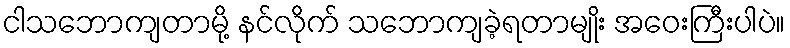
ငါသဘောကျတာမို့ နင်လိုက် သဘောကျခဲ့ရတာမျိုး အဝေးကြီးပါပဲ။